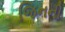
જિનની